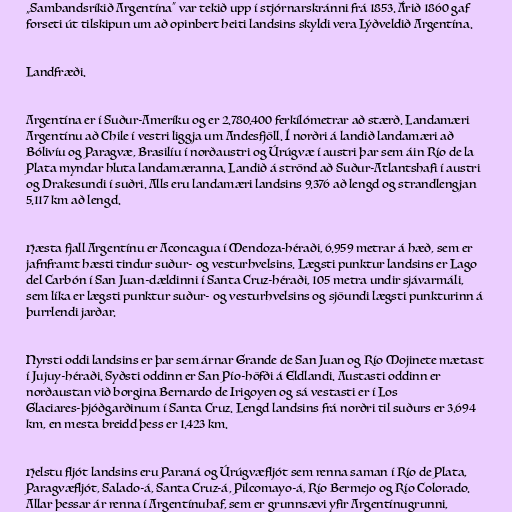
„Sambandsríkið Argentína“ var tekið upp í stjórnarskránni frá 1853. Árið 1860 gaf
forseti út tilskipun um að opinbert heiti landsins skyldi vera Lýðveldið Argentína.

Landfræði.

Argentína er í Suður-Ameríku og er 2.780.400 ferkílómetrar að stærð. Landamæri
Argentínu að Chile í vestri liggja um Andesfjöll. Í norðri á landið landamæri að
Bólivíu og Paragvæ, Brasilíu í norðaustri og Úrúgvæ í austri þar sem áin Río de la
Plata myndar hluta landamæranna. Landið á strönd að Suður-Atlantshafi í austri
og Drakesundi í suðri. Alls eru landamæri landsins 9.376 að lengd og strandlengjan
5.117 km að lengd.

Hæsta fjall Argentínu er Aconcagua í Mendoza-héraði, 6.959 metrar á hæð, sem er
jafnframt hæsti tindur suður- og vesturhvelsins. Lægsti punktur landsins er Lago
del Carbón í San Juan-dældinni í Santa Cruz-héraði, 105 metra undir sjávarmáli,
sem líka er lægsti punktur suður- og vesturhvelsins og sjöundi lægsti punkturinn á
þurrlendi jarðar.

Nyrsti oddi landsins er þar sem árnar Grande de San Juan og Río Mojinete mætast
í Jujuy-héraði. Syðsti oddinn er San Pío-höfði á Eldlandi. Austasti oddinn er
norðaustan við borgina Bernardo de Irigoyen og sá vestasti er í Los
Glaciares-þjóðgarðinum í Santa Cruz. Lengd landsins frá norðri til suðurs er 3.694
km, en mesta breidd þess er 1.423 km.

Helstu fljót landsins eru Paraná og Úrúgvæfljót sem renna saman í Río de Plata,
Paragvæfljót, Salado-á, Santa Cruz-á, Pilcomayo-á, Río Bermejo og Río Colorado.
Allar þessar ár renna í Argentínuhaf, sem er grunnsævi yfir Argentínugrunni,